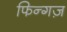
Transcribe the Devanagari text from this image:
फिन्गज़